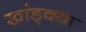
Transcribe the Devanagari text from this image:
खांड्क्या